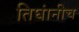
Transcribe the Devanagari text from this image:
तिघांनीच